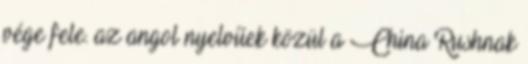
vége fele. az angol nyelvűek közül a China Rushnak